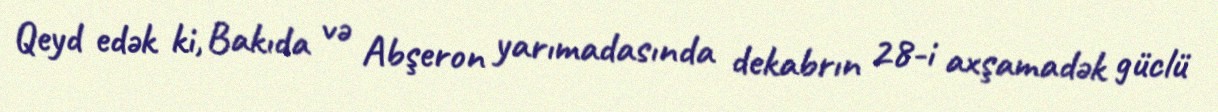
Qeyd edək ki, Bakıda və Abşeron yarımadasında dekabrın 28-i axşamadək güclü